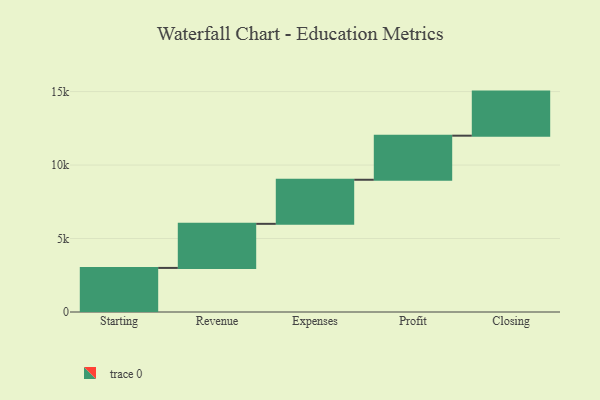
{"axis": {"x": "Step", "y": "Value"}, "legend": [""], "data": [{"x": "Starting", "y": 3000, "type": ""}, {"x": "Revenue", "y": 3000, "type": ""}, {"x": "Expenses", "y": 3000, "type": ""}, {"x": "Profit", "y": 3000, "type": ""}, {"x": "Closing", "y": 3000, "type": ""}]}